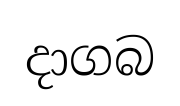
දාගබ